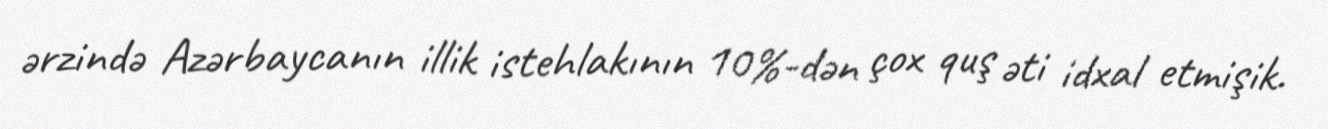
ərzində Azərbaycanın illik istehlakının 10%-dən çox quş əti idxal etmişik.